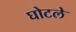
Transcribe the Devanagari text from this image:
घोटले